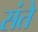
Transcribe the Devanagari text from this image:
संते